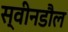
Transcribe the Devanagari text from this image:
स्वीनडौल